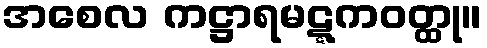
အစေလ ကဋ္ဌာရမဋ္ဋကဝတ္ထု။